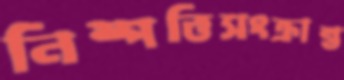
নিষ্পত্তিসংক্রান্ত